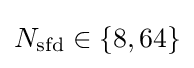
N_{\mathrm {sfd} }\in \{8,64\}